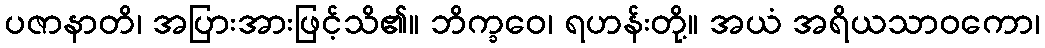
ပဇာနာတိ၊ အပြားအားဖြင့်သိ၏။ ဘိက္ခဝေ၊ ရဟန်းတို့။ အယံ အရိယသာဝကော၊